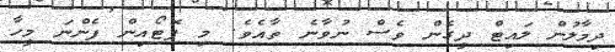
ދިމާލުން ލައިޓް ދީގެން ވެސް ނުވާނެ ތާއެވެ. މި ފޮޓޯއިން ފެންނަ މީހާ